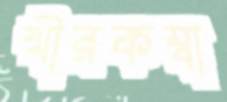
খীরকম্বা